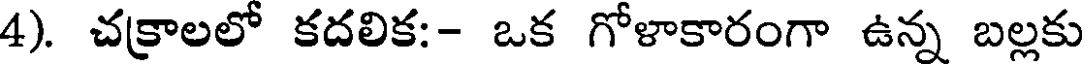
4). చక్రాలలో కదలిక:- ఒక గోళాకారంగా ఉన్న బల్లకు